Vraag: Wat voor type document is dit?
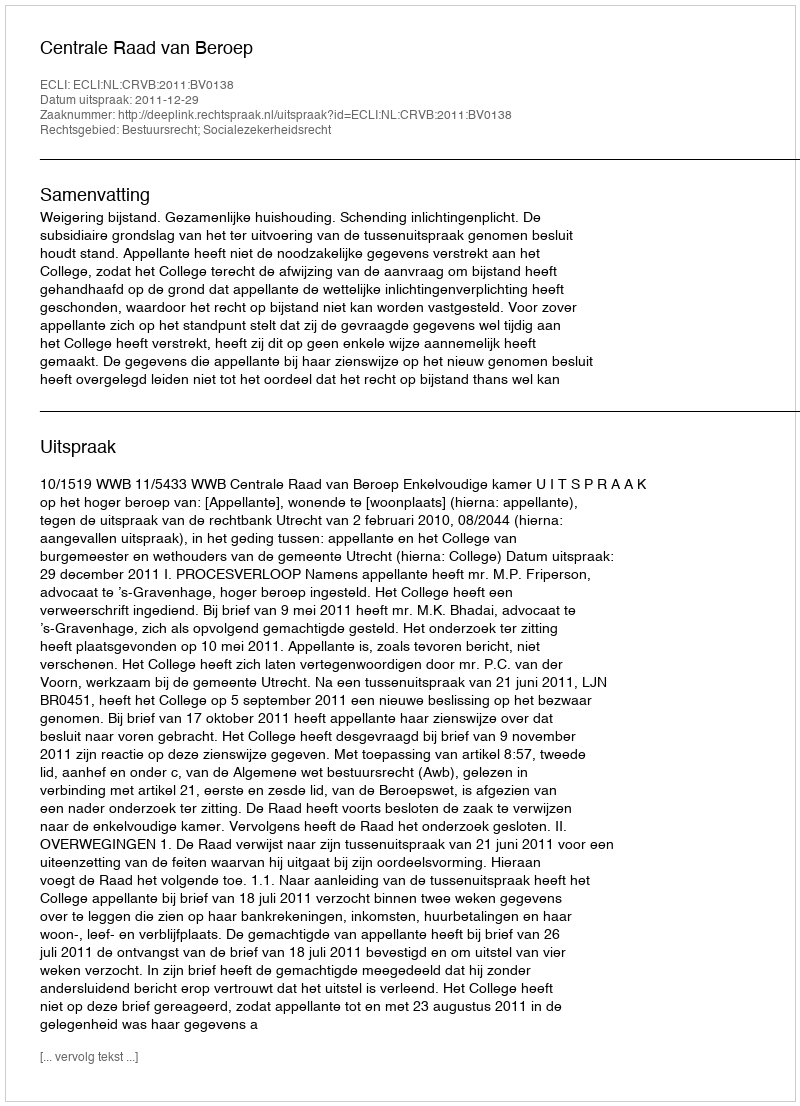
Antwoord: Uitspraak